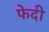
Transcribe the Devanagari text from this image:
फेदी